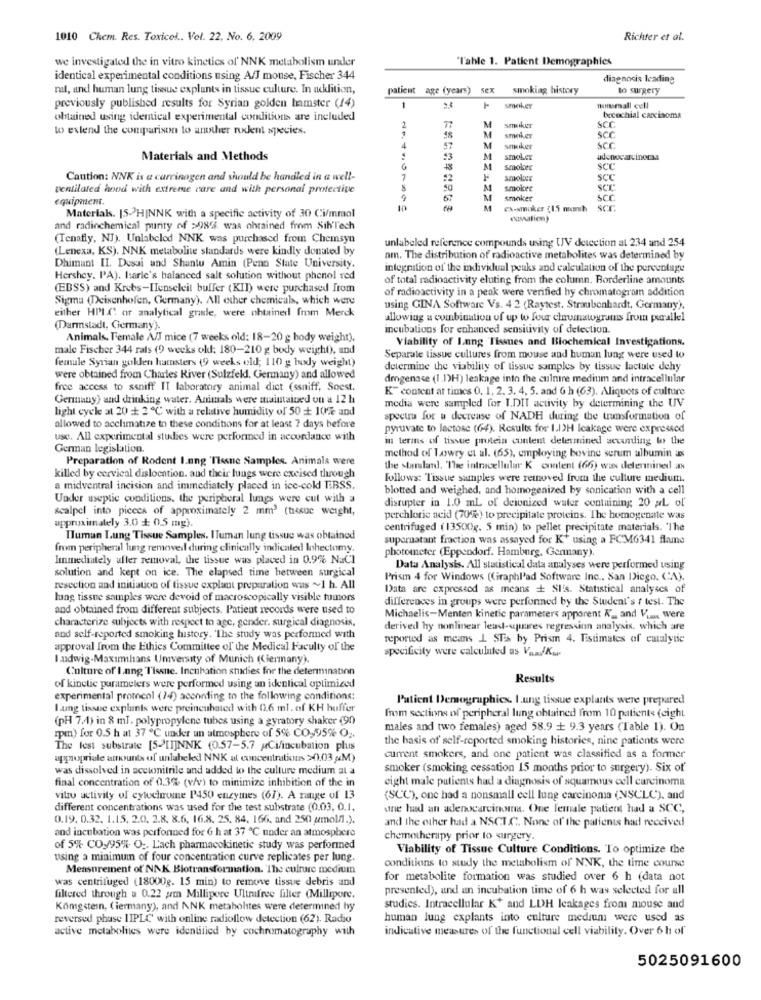
1010 Chem. Res. Toxicol .. Vol. 22, No. 6, 2009
Richter et al.
we investigated the in vitro kinetics of NNK metabolism under
"Tahle 1. Patient Demographics
identical experimental conditions using A/J mouse, Fischer 344
diagnosis leading
rat, and human lung tissue explants in tissue culture. In addition,
patient age (years) sex smoking history
to surgery
previously published results for Syrian golden hamster (14)
1
23
1- smoker
nomsmall cell
bronchial carcinoma
obtained using identical experimental conditions are included
smiler
SCC
wo extend the comparison to another nxlent species.
2
M
SCC
M
smoker
4
57
M
smuker
SCC
Materials and Methods
53
M
smoker
adenocarcinocsa
M
smoles
2
SCC
Caution: NNK is a carcinogen and should be handled in a well-
7
#2
smoloss
SCC
Ventilated hood with extreme care and with personal protective
50
M
smoker
SCT
equipment.
M
smoker
SCC
M
ex-smoker (15 munih
SCC
Materials. 15->HINNK with a specific activity of 30 Ci/mmol
and radiochemical purity of >98. was ohrained from Sih'Tech
(Tenafly, NJ). Unlabclod NNK was purchased from Chemsyn
unlabeled reference compounds using UV detection al 234 and 254
(Lenexa, KS). NNK metabolite standards were kindly donated by
nm. The distribution of radioactive metabolites was determined by
Dhimant II. Desai and Shantu Amin (Penn State University,
integration of the individual peaks and calculation of the percentage
Hershey. PA). Isarle's balanced salt solution without phenol red
of total radioactivity eluting from the column. Borderline amounts
(EBSS) and Krebs-HIenseleit buffer (KII) were purchased from
of radioactivity in a peak were verified by chromatogram addition
Sigma (Deisenhofen, Germany). All other chemicals, which were
either HPLC of analytical grande, were obtained from Merck
using GINA Software Vs. 4 2 (Raytest. Straubenhardt, Germany).
allowing a combination of up to four chromatgrams from parallel
(Darmstadt, Germany).
incubations for enhanced sensitivity of detection.
Animals, Female A/J mice (7 weeks old: 18-20 g body weight).
Viability of Lang Tissues and Biochemical Investigations.
male Fischer 344 rals (9 weeks old: 180-210 g body weight), and
female Syrian golden hamsters (9 weeks old; 110 g body weight)
Separate tissue cultures from mouse and human lung were used to
determine the viability of tissue samples by tissue lactate dehy
were obtained from Charles River (Sulzfeld, Germany) and allowed
dmgenace (1.1)H) leakage into the culnire medium and intracellular
free access to ssniff IT laboratory animal diet (ssniff, Soest.
K" content at times 0. 1, 2. 3. 4, 5. and G h (63). Aliquets of culture
Germany) and drinking water. Animals were maintained on a 12 h
light cycle at 20 + 2 ℃ with a relative humidity of 50 + 10% and
media were sampled for I.DIT activity by determining the UV
spectra for a decrease of NADH during the transformation of
allowed to acclimatize to these conditions for at least 7 days before
pyruvate to lactose (64). Results for II)H Icakage were expressed
use. All experimental studies were performed in accordance with
in terms of tissue protein content determined according to the
German legislation.
Preparation of Rodent I.ung Tlesne Samples. Animals were
method of Lowry et al. (65), employing bovine serum albumin as
the starsland. "The intracellular K content (66) was delennined aw
killed by cervical dislocation. and their lungs were exeised through
follows: Tissue samples were removed from the culture medium.
a midventral incision and immediately placed in ice-cold EBSS.
blotted and weighed, and homogenized by sonication with a cell
Under aseptic conditions. the peripheral lungs were cut with a
scalpel into pieces of approximately 2 mm' (tissue weight,
disrupter in 1.0 ml of deionized water containing 20 aL of
approximately 3.0 + 0.5 mg).
perchloric acid (70%) to precipitate proteins. The homogenate was
centrifuged (13500g. 5 min) to pellet precipitate materials. 'The
Tluman Lung Tissue Samples. ITuman lung tissue was obtained
supernatant fraction was assayed for K+ using a FCM6341 flaine
from peripheral lung removed during clinically indicated Iohectomy.
photometer (Eppendorf. Hamburg, Gennany).
Immediately after removal, the tissue was placed in 0.9% NaCl
solution and kept on ice. The elapsed time between surgical
Data Analysis. All statistical data analyses were performed using
Prism 4 for Windows (Graphl'ad Software Inc ., San Diego, CA).
resection and initiation of tissue explant preparation was ~1 h. All
Data are expressed as means + SI's. Statistical analyses of
lung tissue samples were devoid of macroscopically visible tumors
differences in groups were performed by the Student's t test. The
and obtained from different subjects. Patient records were used to
characterize subjects with respect to age, gender, surgical diagnosis,
Michaelis-Menten kinetic parameters apparent K _, and Vous were
derived hy nonlinear lead-apures regression analysis, which are
and self-reported smoking history. "The study was performed with
reported as means L. SEs by Prism 4. Estimates of eatalytie
approval from the Ethics Committee of the Medical Faculty of the
specificity were calculated as V ... /Kw
ludwig-Maximilians University of Munich (Ciermany).
Culture of I ang Tissue. Incubation studies for the determination
Results
of kinetic parameters were performed using an identical optimized
experimental promcol (14) aconeding to the following conditions:
Patient Demographics. I.ung tissue explants were prepared
Lung tissue explants were preincubated with 0.6 ml. of KH huffer
(pH 7.4) in 8 ml. polypropylene tubes using a gyratory shaker (90
from sections of peripheral lung obtained from 10 patients (eight
males and two females) aged 58.9 + 9.3 years (Table 1). On
rpm) for 0.5 h at 37 ℃ under un atmosphere of 5% CO,95% O ..
the basis of self-reported smoking histories, nine patients were
The fest substrate [5-[I]NNK (0.57-5.7 pCi/incubation plus
appropriate amounts of unlabeled NNK al concentrations >0.03 M)
current smokers, and one patient was classified as a former
was dissolved in acetonitrile and added to the culture medium at a
smoker (smoking cessation 15 months prior to surgery). Six of
final concentration of 0.3% (v/v) to minimize inhibition of the in
eight male patients had a diagnosis of squamous cell carcinoma
vitu activity of cytochrome P450 enzymes (67). A range of 13
(SCC), one had a nonsmall cell lung carcinoma (NSCLC), and
different concentrations was used for the test substrate (0.03. 0.1.
une had an adenocarcinoma. One Female patient had a SCC,
0.19. 0.32. 1.15. 2.0. 2.8. 8.6. 16.8. 25. 84, 166. and 250 amol/l.).
and the other had a NSCL.C. None of the patients had received
and incubation was perfonned for 6 h at 37 ℃. under an atmosphere
chemotherapy prior to surgery.
of 5% CO/95% O -, L'ach pharmacokinetic study was performed
Viability of Tissue Culture Conditions. To optimize the
using a minimum of four concentration curve replicates per lung.
conditions to study the metabolism of NNK, the time course
Measurement of' NAK Blotransformation. The culture medium
was centrifuged (18000g. 15 min) to remove tissue debris and
for metabolite formation was studied over 6 h (data not
presented), and an incubation time of 6 h was selected for all
filtered through a 0.22 am Millipore Ultrifree filter (Millipore.
Kömgstern, (iermany), and ANK metabolites were determined hy
studies. Intracellular K+ and LDH leakages from mouse and
reversed phase IIPLC with online radiollow detection (62). Radio
human lung explants into culture medium were used as
indicative measures of the functional cell viability. Over 6 h of
active metabolites were identified by cochromatography with
5025091600